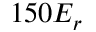
1 5 0 E _ { r }